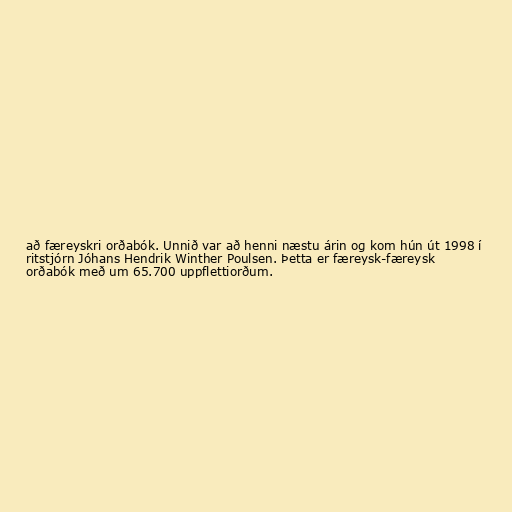
að færeyskri orðabók. Unnið var að henni næstu árin og kom hún út 1998 í
ritstjórn Jóhans Hendrik Winther Poulsen. Þetta er færeysk-færeysk
orðabók með um 65.700 uppflettiorðum.